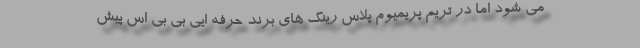
می شود اما در تریم پریمیوم پلاس رینگ های برند حرفه ایی بی بی اس پیش